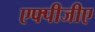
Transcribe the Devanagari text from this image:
एफ्पीजीए